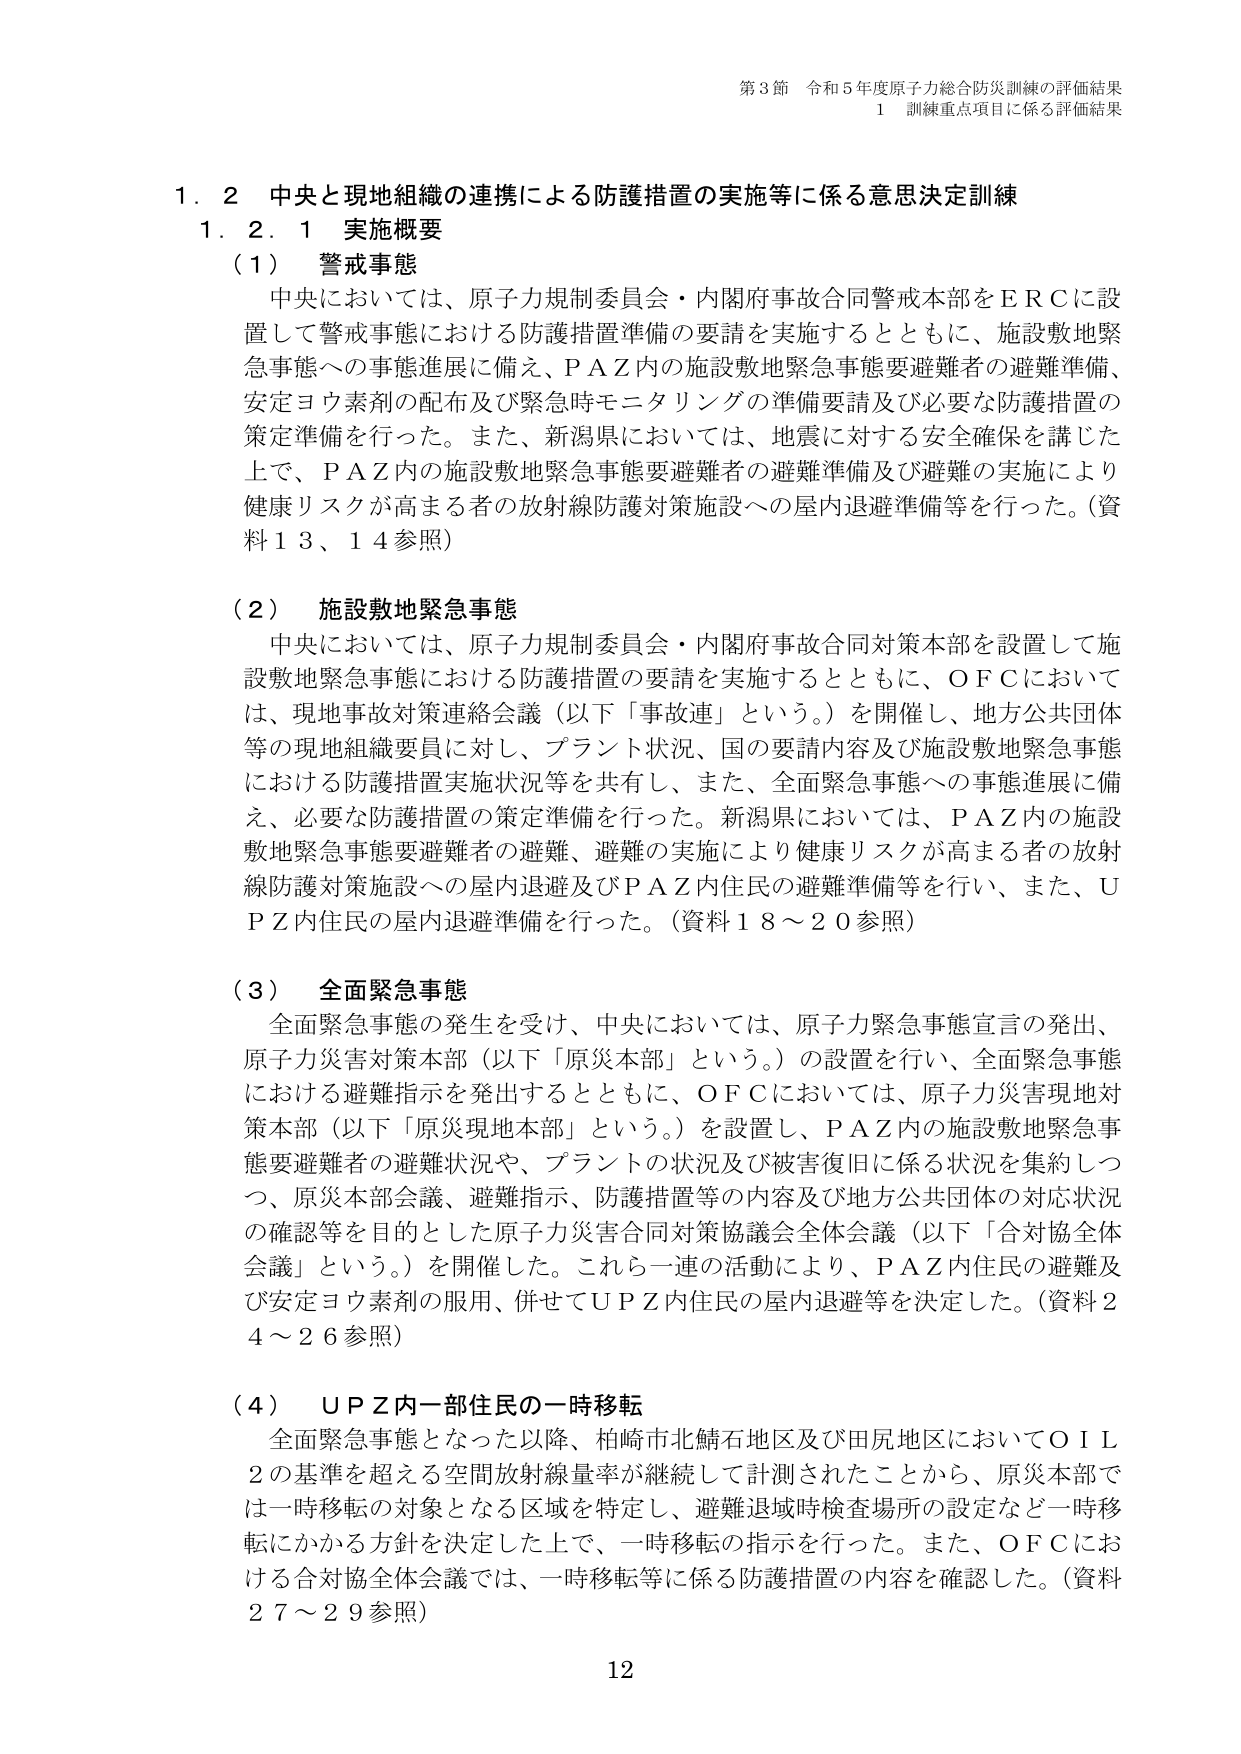
第3節 令和5年度原子力総合防災訓練の評価結果
1 訓練重点項目に係る評価結果

1.2 中央と現地組織の連携による防護措置の実施等に係る意思決定訓練
1.2.1 実施概要

（1） 警戒事態
中央においては、原子力規制委員会・内閣府事故合同警戒本部をＥＲＣに設置して警戒事態における防護措置準備の要請を実施するとともに、施設敷地緊急事態への事態進展に備え、ＰＡＺ内の施設敷地緊急事態要避難者の避難準備、安定ヨウ素剤の配布及び緊急時モニタリングの準備要請及び必要な防護措置の策定準備を行った。また、新潟県においては、地震に対する安全確保を講じた上で、ＰＡＺ内の施設敷地緊急事態要避難者の避難準備及び避難の実施により健康リスクが高まる者の放射線防護対策施設への屋内退避準備等を行った。（資料13、14参照）

（2） 施設敷地緊急事態
中央においては、原子力規制委員会・内閣府事故合同対策本部を設置して施設敷地緊急事態における防護措置の要請を実施するとともに、ＯＦＣにおいては、現地事故対策連絡会議（以下「事故連」という。）を開催し、地方公共団体等の現地組織要員に対し、プラント状況、国の要請内容及び施設敷地緊急事態における防護措置実施状況等を共有し、また、全面緊急事態への事態進展に備え、必要な防護措置の策定準備を行った。新潟県においては、ＰＡＺ内の施設敷地緊急事態要避難者の避難、避難の実施により健康リスクが高まる者の放射線防護対策施設への屋内退避及びＰＡＺ内住民の避難準備等を行い、また、ＵＰＺ内住民の屋内退避準備を行った。（資料18～20参照）

（3） 全面緊急事態
全面緊急事態の発生を受け、中央においては、原子力緊急事態宣言の発出、原子力災害対策本部（以下「原災本部」という。）の設置を行い、全面緊急事態における避難指示を発出するとともに、ＯＦＣにおいては、原子力災害現地対策本部（以下「原災現地本部」という。）を設置し、ＰＡＺ内の施設敷地緊急事態要避難者の避難状況や、プラントの状況及び被害復旧に係る状況を集約しつつ、原災本部会議、避難指示、防護措置等の内容及び地方公共団体の対応状況の確認等を目的とした原子力災害合同対策協議会全体会議（以下「合対協全体会議」という。）を開催した。これら一連の活動により、ＰＡＺ内住民の避難及び安定ヨウ素剤の服用、併せてＵＰＺ内住民の屋内退避等を決定した。（資料24～26参照）

（4） ＵＰＺ内一部住民の一時移転
全面緊急事態となった以降、柏崎市北鯖石地区及び田尻地区においてＯＩＬ2の基準を超える空間放射線量率が継続して計測されたことから、原災本部では一時移転の対象となる区域を特定し、避難退域時検査場所の設定など一時移転にかかる方針を決定した上で、一時移転の指示を行った。また、ＯＦＣにおける合対協全体会議では、一時移転等に係る防護措置の内容を確認した。（資料27～29参照）

12